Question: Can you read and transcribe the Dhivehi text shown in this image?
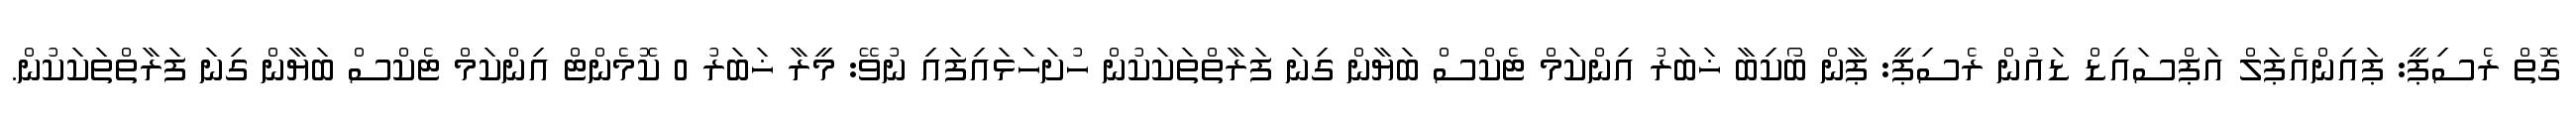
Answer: ގޮތް ރެސިޕީ: ޕައިންއެޕަލް އަޕްސައިޑް ޑައުން ރެސިޕީ: ޕާން ބޯކިބާ ޚަބަރު އިންކަމް ޓެކްސް ބަޔާން ގިނަ ފަރާތްތަކަކުން ހުށަހަޅައިފައި ނުވޭ: މީރާ ޚަބަރު 0 ކޮމެންޓް އިންކަމް ޓެކްސް ބަޔާން ގިނަ ފަރާތްތަކަކުން.